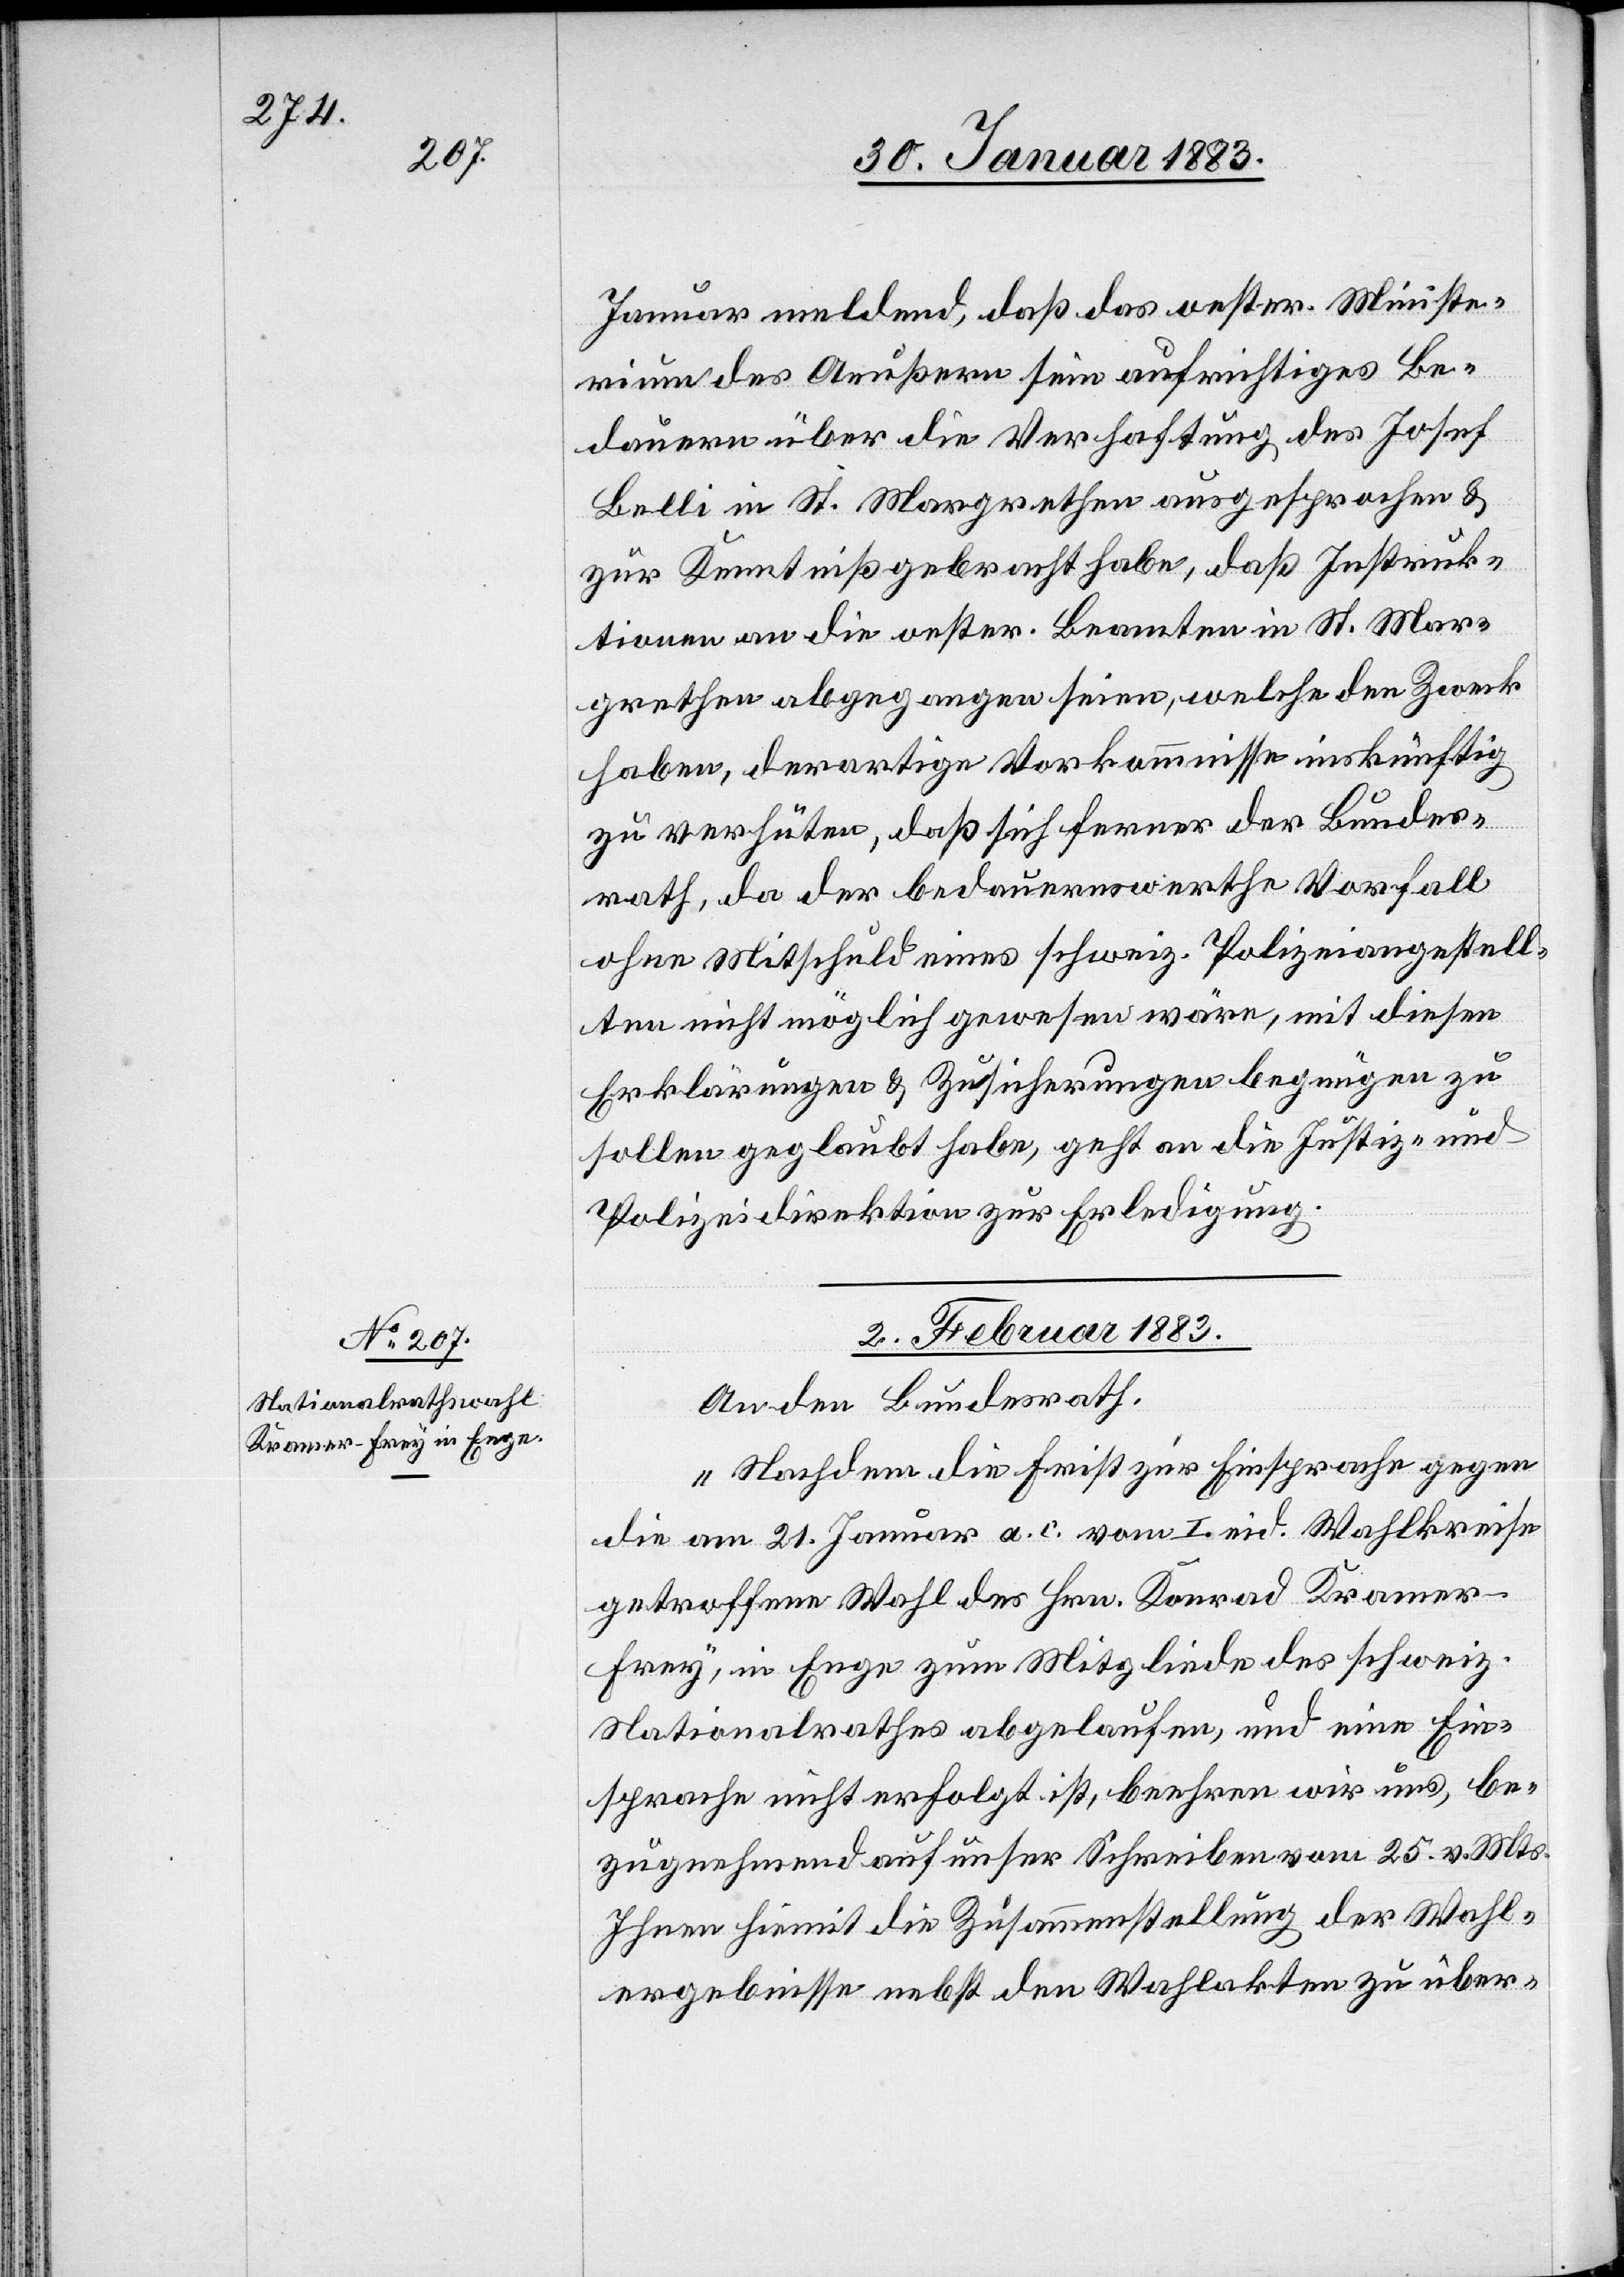
Januar meldend, daß das oester. Ministe¬
rium des Aeußern sein aufrichtiges Be¬
dauern über die Verhaftung des Josef
Belli in St. Margrethen ausgesprochen &
zur Kenntniß gebracht habe, daß Instruk¬
tionen an die oester. Beamten in St. Mar¬
grethen abgegangen seien, welche den Zweck
haben, derartige Vorkommnisse inskünftig
zu verhüten, daß sich ferner der Bundes¬
rath, da der bedauernswerthe Vorfall
ohne Mitschuld eines schweiz. Polizeiangestell¬
ten nicht möglich gewesen wäre, mit diesen
Erklärungen & Zusicherungen begnügen zu
sollen geglaubt habe, geht an die Justiz- &
Polizeidirektion zur Erledigung.
2. Februar 1883.
An den Bundesrath:
„Nachdem die Frist zur Einsprache gegen
die am 21. Januar a. c. vom I. eid. Wahlkreise
getroffenen Wahl des Hrn. Konrad Krame¬
r-Frey, in Enge zum Mitgliede des schweiz.
Nationalrathes abgelaufen, und eine Ein¬
sprache nicht erfolgt ist, beehren wir uns, be¬
zugnehmend auf unser Schreiben vom 25. v. Mts.
Ihnen hiemit die Zusammenstellung der Wahl¬
ergebnisse nebst den Wahlakten zu über-